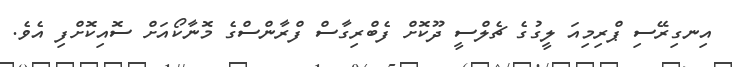
އިނގިރޭސި ޕްރިމިއަ ލީގުގެ ޗެލްސީ ދޫކޮށް ފެބްރިގާސް ފްރާންސްގެ މޮނާކޯއަށް ސޮއިކޮށްފި އެވެ.